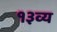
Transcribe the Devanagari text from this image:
१३व्य